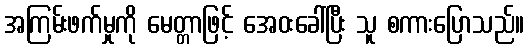
အကြမ်းဖက်မှုကို မေတ္တာဖြင့် အေဝးခေါ်ပြီး သူ စကားပြောသည်။